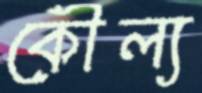
কৌল্য